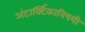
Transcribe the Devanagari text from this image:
अंटार्क्टिकाविषयी